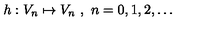
h : V _ { n } \mapsto V _ { n } \ , \ n = 0 , 1 , 2 , \ldots